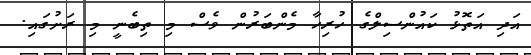
އަދި އަތޮޅު ކައުންސިލްގެ ހުރިހާ މެންބަރުން ވެސް މި ތިބެނީ މި ރަށުގައި.